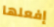
إفعلها